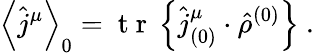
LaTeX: \left\langle\hat{j}^{\mu}\right\rangle_{0}=\mathrm{~t~r~}\left\{ \hat{j}_{(0)}^{\mu}\cdot\hat{\rho}^{(0)}\right\} \mathrm{~.~}